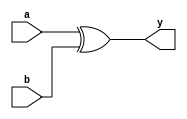
module dut(input wire a,
	input wire b,
	output wire y
);
assign y=a^b;
endmodule